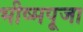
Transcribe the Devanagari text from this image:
भीष्मपूजा